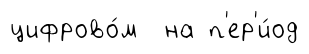
цифрово́м на п'ер'и́од